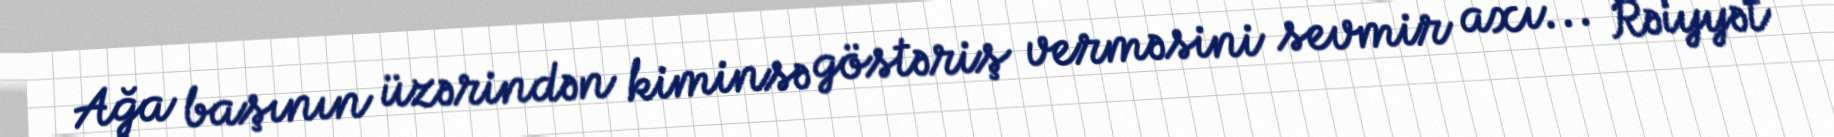
Ağa başının üzərindən kiminsə göstəriş verməsini sevmir axı... Rəiyyət